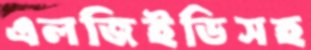
এলজিইডিসহ